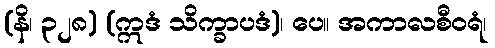
(နိ၊ ၃၂၈) (ဣဒံ သိက္ခာပဒံ)၊ ပေ။ အကာလစီဝရံ၊